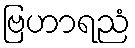
ဗြဟာရညံ